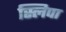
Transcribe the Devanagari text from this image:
स्लिपा